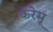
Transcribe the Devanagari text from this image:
करेमू